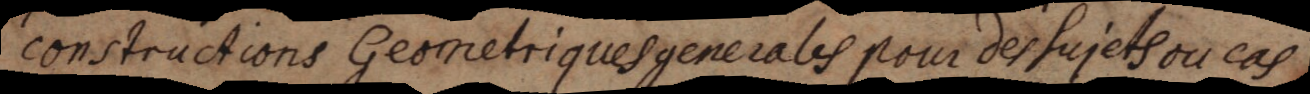
constructions Geometriques generales pour des sujets ou cas